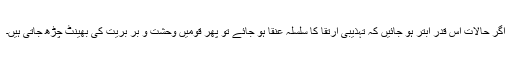
اگر حالات اس قدر ابتر ہو جائیں کہ تہذیبی ارتقا کا سلسلہ عنقا ہو جائے تو پھر قومیں وحشت و بر بریت کی بھینٹ چڑھ جاتی ہیں۔